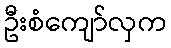
ဦးစံကျော်လှက